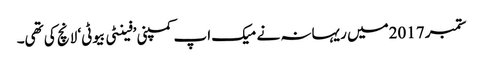
ستمبر 2017میں ریہانہ نے میک اپ کمپنی ’فینٹی بیوٹی‘ لانچ کی تھی۔